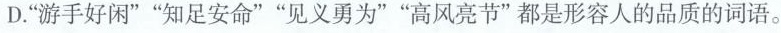
D.”游手好闲””知足安命””见义勇为””高风亮节”都是形容人的品质的词语。